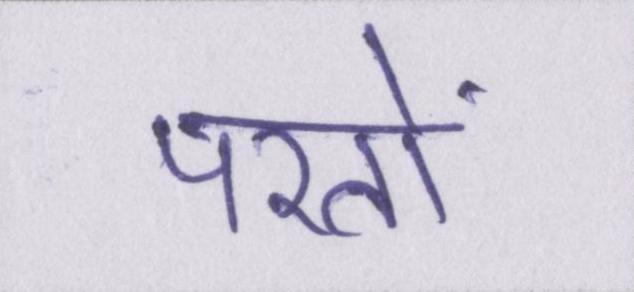
परतों